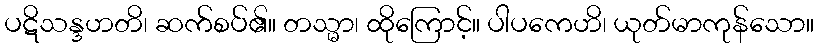
ပဋိသန္ဒဟတိ၊ ဆက်စပ်၏။ တသ္မာ၊ ထိုကြောင့်။ ပါပကေဟိ၊ ယုတ်မာကုန်သော။